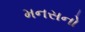
મનસનો